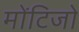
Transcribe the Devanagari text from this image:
मोंटिजो